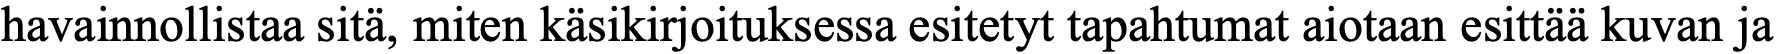
havainnollistaa sitä, miten käsikirjoituksessa esitetyt tapahtumat aiotaan esittää kuvan ja